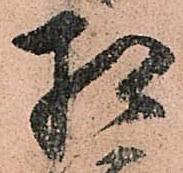
相